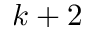
k + 2